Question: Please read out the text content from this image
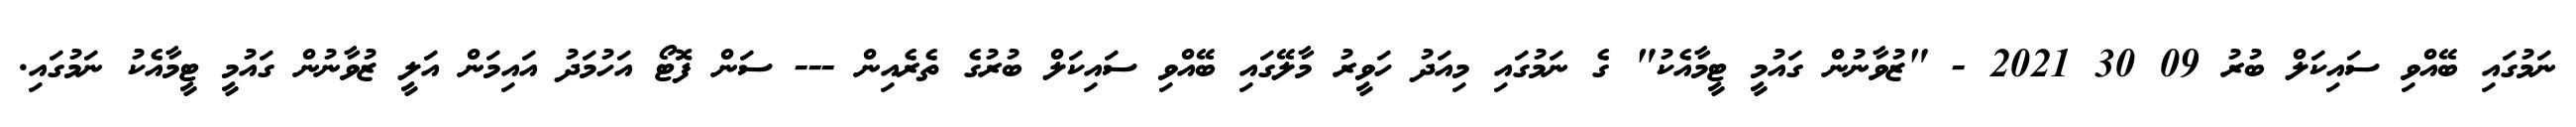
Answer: ނަމުގައި ބޭއްވި ސައިކަލް ބުރު 09 30 2021 - "ޒުވާނުން ގައުމީ ޓީމާއެކު" ގެ ނަމުގައި މިއަދު ހަވީރު މާލޭގައި ބޭއްވި ސައިކަލް ބުރުގެ ތެރެއިން --- ސަން ފޮޓޯ އަހުމަދު އައިމަން އަލީ ޒުވާނުން ގައުމީ ޓީމާއެކު ނަމުގައި.